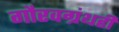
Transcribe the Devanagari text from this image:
गौरवग्रंथही